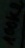
Text: 100KΩ